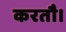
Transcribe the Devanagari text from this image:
करतौ।